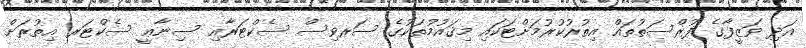
އަދި ވަޒީފާގެ ފުރްސަތުތައް އިތުރުކުރުމަށްޓަކައި މިޤައުމުތަކުގެ ސަރވިސް ސެކްޓަރާއި ސިނާޢީ ސެކްޓަރ އިތުރަށް